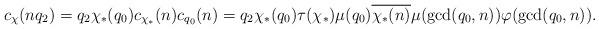
LaTeX: \begin{align*}c_\chi(nq_2)=q_2\chi_*(q_0)c_{\chi_*}(n)c_{q_0}(n)=q_2\chi_*(q_0)\tau(\chi_*)\mu(q_0)\overline{\chi_*(n)}\mu(\gcd(q_0, n))\varphi(\gcd(q_0, n)).\end{align*}